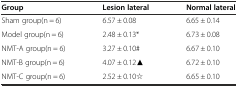
<table><thead><tr><td><b>Group</b></td><td><b>Lesion lateral</b></td><td><b>Normal lateral</b></td></tr></thead><tbody><tr><td>Sham group(n = 6)</td><td>6.57 ± 0.08</td><td>6.65 ± 0.14</td></tr><tr><td>Model group(n = 6)</td><td>2.48 ± 0.13*</td><td>6.73 ± 0.08</td></tr><tr><td>NMT-A group(n = 6)</td><td>3.27 ± 0.10#</td><td>6.67 ± 0.10</td></tr><tr><td>NMT-B group(n = 6)</td><td>4.07 ± 0.12▲</td><td>6.72 ± 0.10</td></tr><tr><td>NMT-C group(n = 6)</td><td>2.52 ± 0.10☆</td><td>6.65 ± 0.10</td></tr></tbody></table>